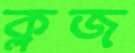
ক্লজ